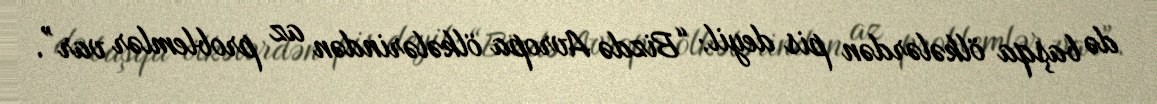
də başqa ölkələrdən pis deyil: “Bizdə Avropa ölkələrindən az problemlər var”.